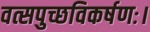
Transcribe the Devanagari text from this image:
वत्सपुच्छविकर्षणः।